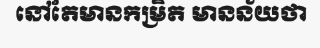
នៅតែមានកម្រិត មានន័យថា